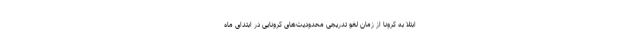
ابتلا به کرونا از زمان لغو تدریجی محدودیت‌های کرونایی در ابتدای ماه